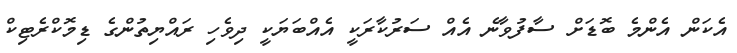
އެކަން އެންމެ ބޮޑަށް ސާފުވާނެ އެއް ސަރުކާރަކީ އެއްބަޔަކީ ދިވެހި ރައްޔިތުންގެ ޑިމޮކްރެޓިކް